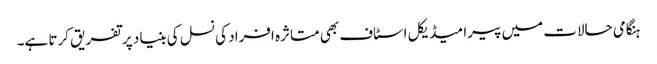
ہنگامی حالات میں پیرا میڈیکل اسٹاف بھی متاثرہ افراد کی نسل کی بنیاد پر تفریق کرتا ہے۔